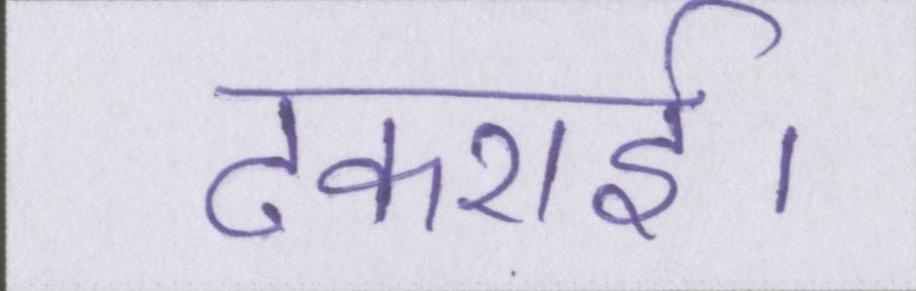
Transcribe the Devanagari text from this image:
टकराई।